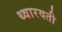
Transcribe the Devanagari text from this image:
थ्वारवती